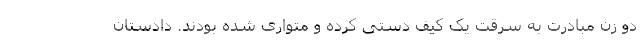
دو زن مبادرت به سرقت یک کیف دستی کرده و متواری شده ‌بودند. دادستان